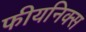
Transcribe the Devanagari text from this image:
फीयनिक्स